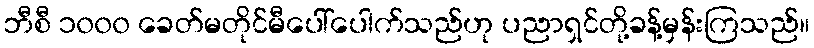
ဘီစီ ၁၀၀၀ ခေတ်မတိုင်မီပေါ်ပေါက်သည်ဟု ပညာရှင်တို့ခန့်မှန်းကြသည်။